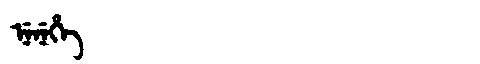
Manchu: ᠨᡝᠨᡝᡥᡝ
Romanization: NENEHE